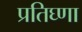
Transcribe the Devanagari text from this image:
प्रतिघ्णा